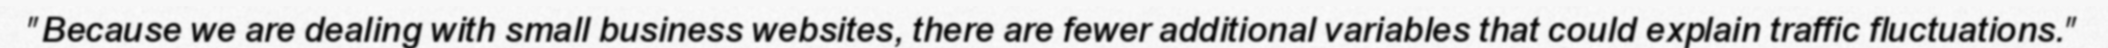
"Because we are dealing with small business websites, there are fewer additional variables that could explain traffic fluctuations."